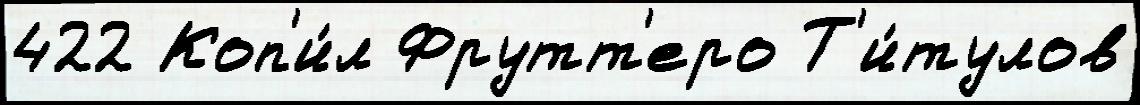
422 Коп'и́л Фрутт'еро Т'и́тулов